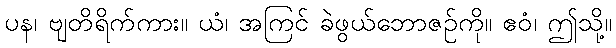
ပန၊ ဗျတိရိက်ကား။ ယံ၊ အကြင် ခဲဖွယ်ဘောဇဉ်ကို။ ဧဝံ၊ ဤသို့။